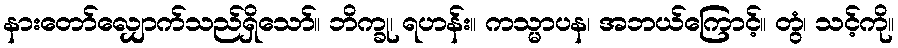
နားတော်လျှောက်သည်ရှိသော်။ ဘိက္ခု၊ ရဟန်း။ ကသ္မာပန၊ အဘယ်ကြောင့်။ တွံ၊ သင့်ကို။